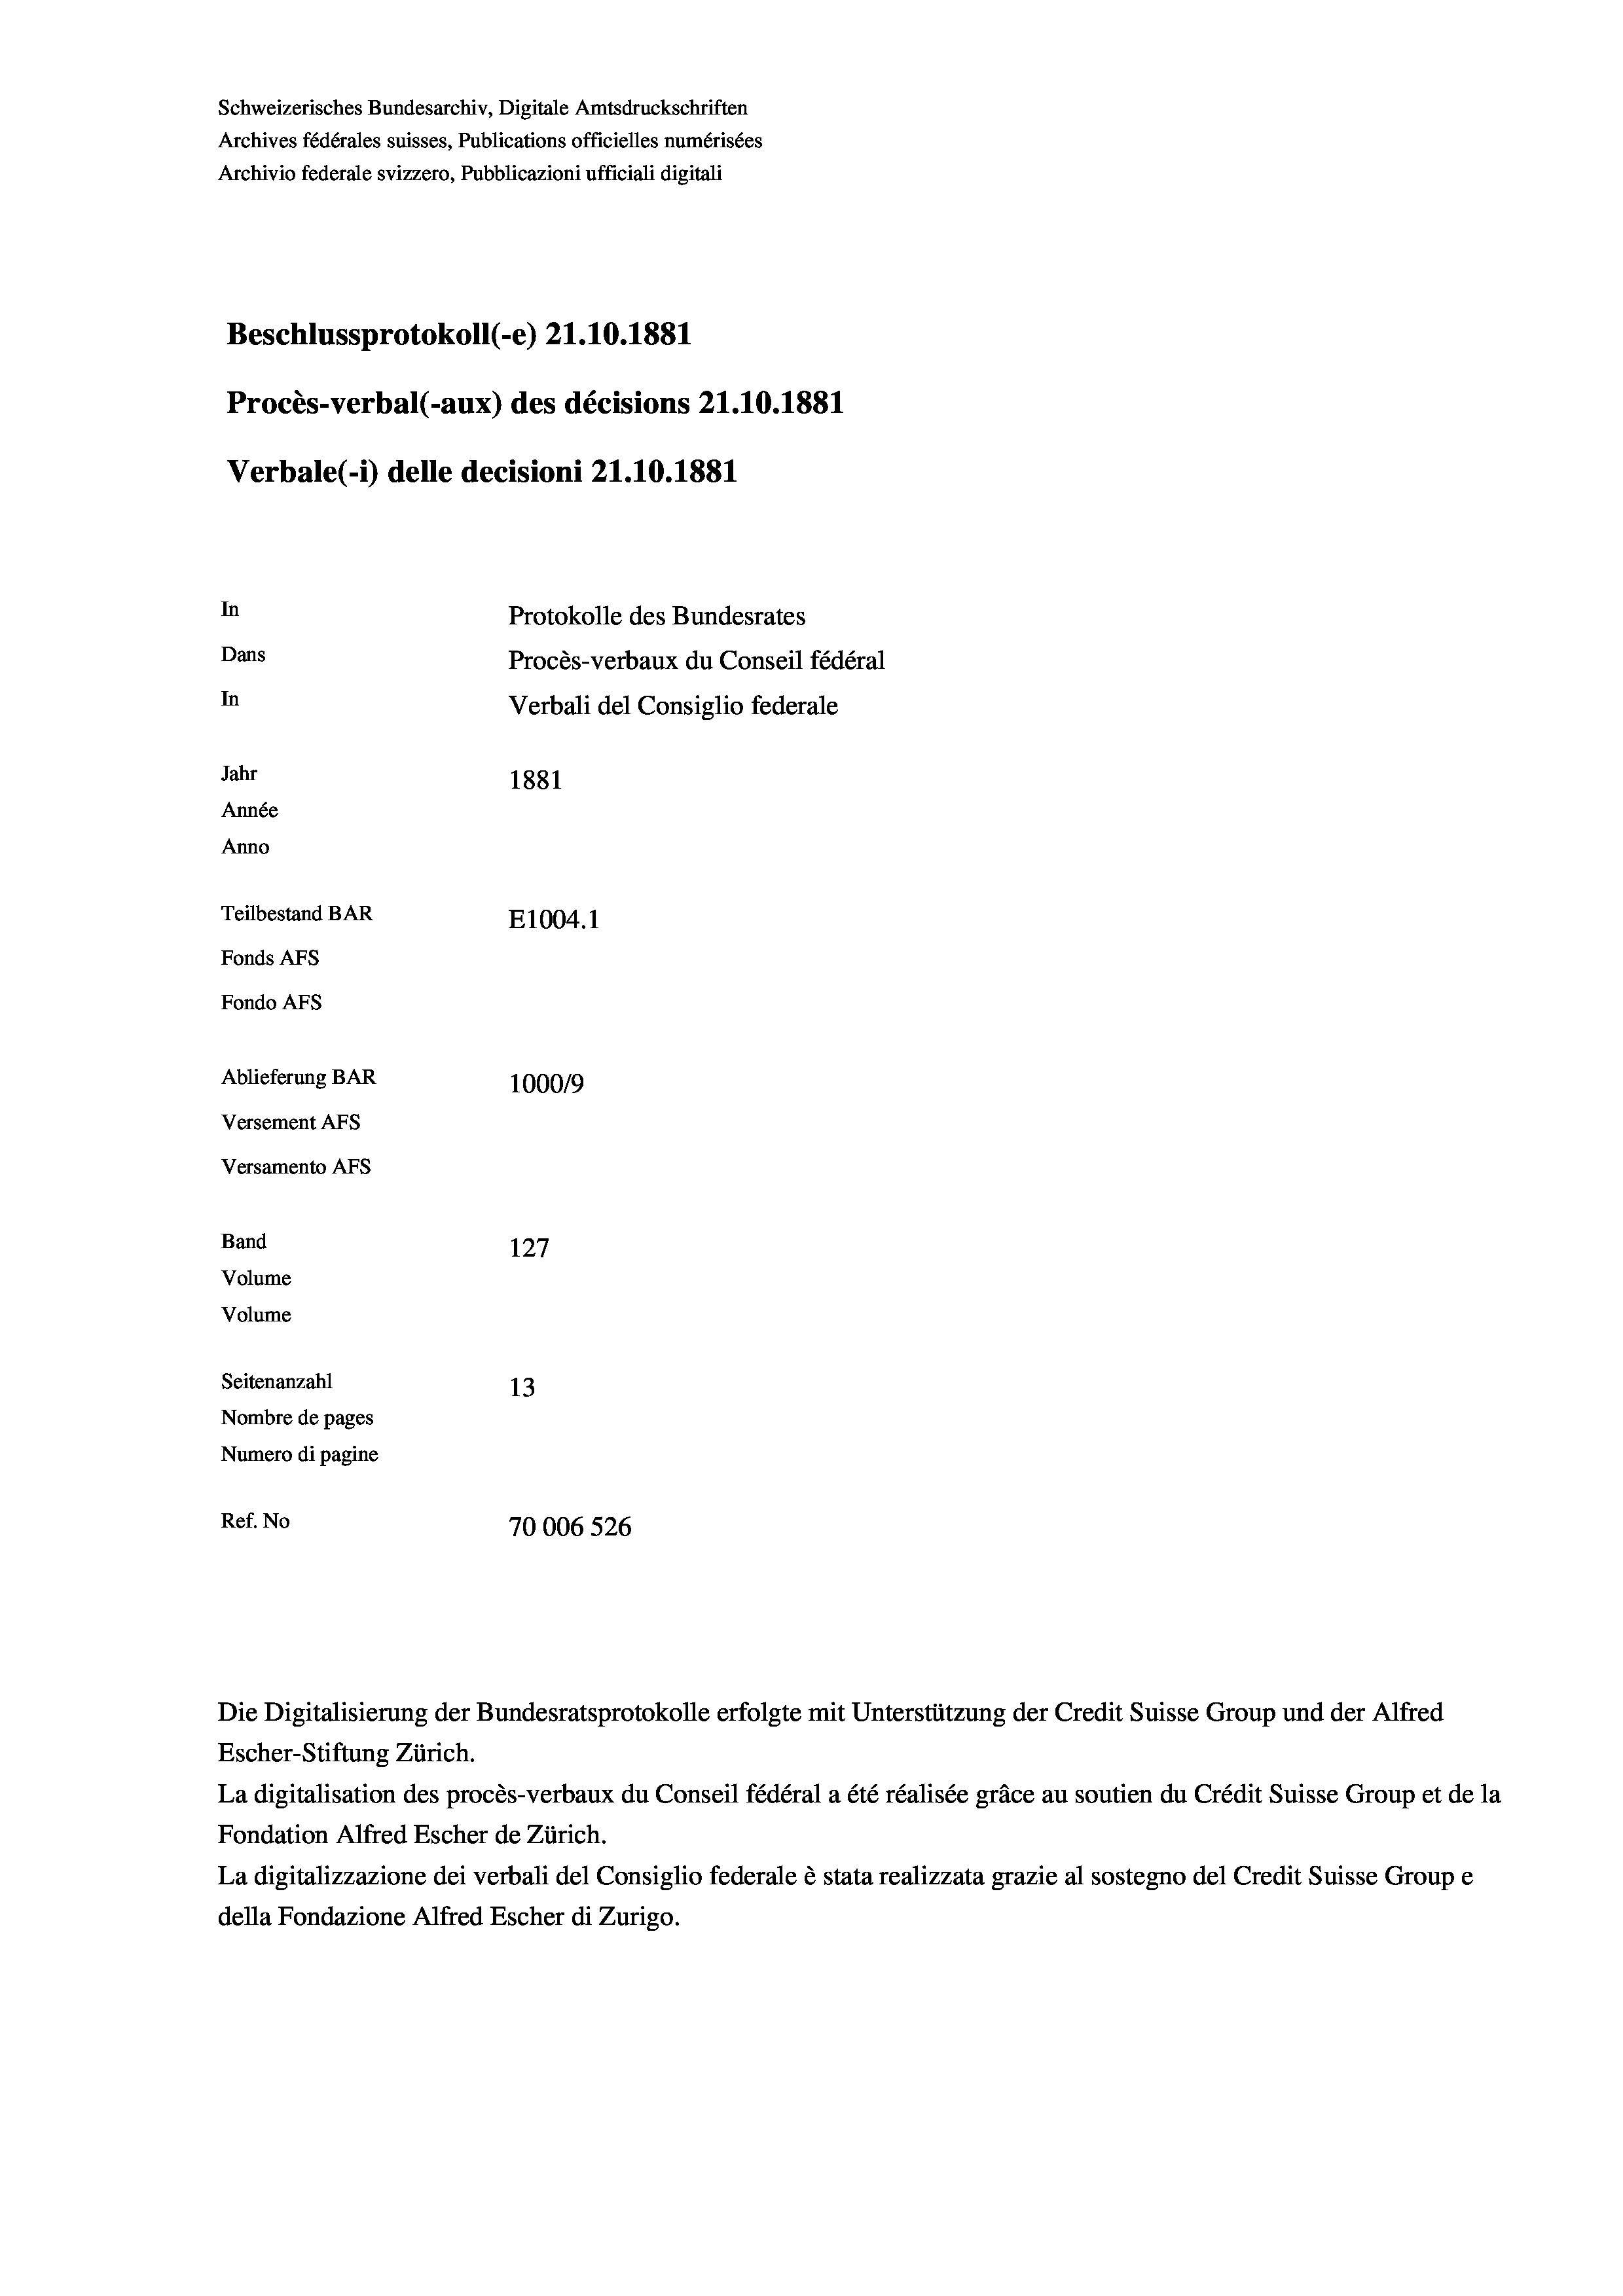
Schweizerisches Bundesarchiv, Digitale Amtsdruckschriften
Archives fédérales suisses, Publications officielles numérisées
Archivio federale svizzero, Pubblicazioni ufficiali digitali
Beschlussprotokoll (-e) 21.10.1881
Procès-verbal (-aux) des décisions 21.10.1881
Verbale (i) delle decisioni 21.10.1881
In
Protokolle des Bundesrates
Dans
Procès-verbaux du Conseil fédéral
In
Verbali del Consiglio federale
Jahr
1881
Année
Anno
Teilbestand BAR
E1004.1
Fonds Afs
Fondo AFs
Ablieferung BAR
1000/9
Versement Abs
Versamento AFs
Band
127
Volume
Volume

Seitenanzahl
13
Nombre de pages
Numero di pagine
Ref. No
70006 526

Escher-Stiftung Zürich.
La digitalisation des procès-verbaux du Conseil fédéral a été réalisée gräce au soutien du Crédit Suisse Group et de la
Fondation Alfred Escher de Zürich.
La digitalizzazione dei verbali del Consiglio federale è stata realizzata grazie al sostegno del Credit Suisse Groupe
della Fondazione Alfred Escher di Zurigo.

Die Digitalisierung der Bundesratsprotokolle erfolgte mit Unterstützung der Credit Suisse Group und der Alfred